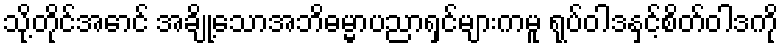
သို့တိုင်အောင် အချို့သောအဘိဓမ္မာပညာရှင်များကမူ ရုပ်ဝါဒနှင့်စိတ်ဝါဒကို